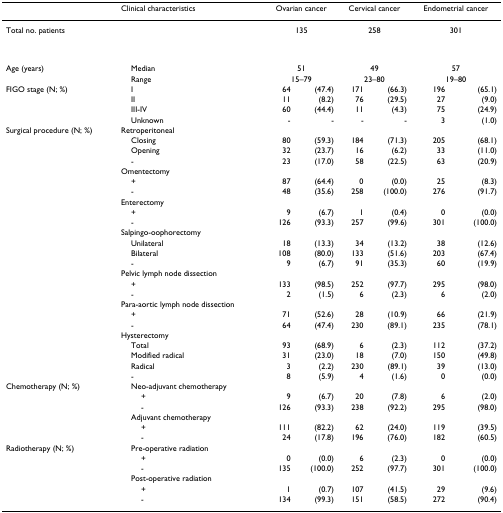
<table><thead><tr><td></td><td><b>Clinical characteristics</b></td><td colspan="2"><b>Ovarian cancer</b></td><td colspan="2"><b>Cervical cancer</b></td><td colspan="2"><b>Endometrial cancer</b></td></tr></thead><tbody><tr><td>Total no. patients</td><td></td><td colspan="2">135</td><td colspan="2">258</td><td colspan="2">301</td><td></td><td></td><td></td></tr><tr><td>Age (years)</td><td> Median</td><td colspan="2">51</td><td colspan="2">49</td><td colspan="2">57</td></tr><tr><td></td><td> Range</td><td colspan="2">15–79</td><td colspan="2">23–80</td><td colspan="2">19–80</td></tr><tr><td>FIGO stage (N; %)</td><td> I</td><td>64</td><td>(47.4)</td><td>171</td><td>(66.3)</td><td>196</td><td>(65.1)</td></tr><tr><td></td><td> II</td><td>11</td><td>(8.2)</td><td>76</td><td>(29.5)</td><td>27</td><td>(9.0)</td></tr><tr><td></td><td> III-IV</td><td>60</td><td>(44.4)</td><td>11</td><td>(4.3)</td><td>75</td><td>(24.9)</td></tr><tr><td></td><td> Unknown</td><td>-</td><td>-</td><td>-</td><td>-</td><td>3</td><td>(1.0)</td></tr><tr><td>Surgical procedure (N; %)</td><td>Retroperitoneal</td><td></td><td></td><td></td><td></td><td></td><td></td></tr><tr><td></td><td> Closing</td><td>80</td><td>(59.3)</td><td>184</td><td>(71.3)</td><td>205</td><td>(68.1)</td></tr><tr><td></td><td> Opening</td><td>32</td><td>(23.7)</td><td>16</td><td>(6.2)</td><td>33</td><td>(11.0)</td></tr><tr><td></td><td> -</td><td>23</td><td>(17.0)</td><td>58</td><td>(22.5)</td><td>63</td><td>(20.9)</td></tr><tr><td></td><td>Omentectomy</td><td></td><td></td><td></td><td></td><td></td><td></td></tr><tr><td></td><td> +</td><td>87</td><td>(64.4)</td><td>0</td><td>(0.0)</td><td>25</td><td>(8.3)</td></tr><tr><td></td><td> -</td><td>48</td><td>(35.6)</td><td>258</td><td>(100.0)</td><td>276</td><td>(91.7)</td></tr><tr><td></td><td>Enterectomy</td><td></td><td></td><td></td><td></td><td></td><td></td></tr><tr><td></td><td> +</td><td>9</td><td>(6.7)</td><td>1</td><td>(0.4)</td><td>0</td><td>(0.0)</td></tr><tr><td></td><td> -</td><td>126</td><td>(93.3)</td><td>257</td><td>(99.6)</td><td>301</td><td>(100.0)</td></tr><tr><td></td><td>Salpingo-oophorectomy</td><td></td><td></td><td></td><td></td><td></td><td></td></tr><tr><td></td><td> Unilateral</td><td>18</td><td>(13.3)</td><td>34</td><td>(13.2)</td><td>38</td><td>(12.6)</td></tr><tr><td></td><td> Bilateral</td><td>108</td><td>(80.0)</td><td>133</td><td>(51.6)</td><td>203</td><td>(67.4)</td></tr><tr><td></td><td> -</td><td>9</td><td>(6.7)</td><td>91</td><td>(35.3)</td><td>60</td><td>(19.9)</td></tr><tr><td></td><td>Pelvic lymph node dissection</td><td></td><td></td><td></td><td></td><td></td><td></td></tr><tr><td></td><td> +</td><td>133</td><td>(98.5)</td><td>252</td><td>(97.7)</td><td>295</td><td>(98.0)</td></tr><tr><td></td><td> -</td><td>2</td><td>(1.5)</td><td>6</td><td>(2.3)</td><td>6</td><td>(2.0)</td></tr><tr><td></td><td>Para-aortic lymph node dissection</td><td></td><td></td><td></td><td></td><td></td><td></td></tr><tr><td></td><td> +</td><td>71</td><td>(52.6)</td><td>28</td><td>(10.9)</td><td>66</td><td>(21.9)</td></tr><tr><td></td><td> -</td><td>64</td><td>(47.4)</td><td>230</td><td>(89.1)</td><td>235</td><td>(78.1)</td></tr><tr><td></td><td>Hysterectomy</td></tr><tr><td></td><td> Total</td><td>93</td><td>(68.9)</td><td>6</td><td>(2.3)</td><td>112</td><td>(37.2)</td></tr><tr><td></td><td> Modified radical</td><td>31</td><td>(23.0)</td><td>18</td><td>(7.0)</td><td>150</td><td>(49.8)</td></tr><tr><td></td><td> Radical</td><td>3</td><td>(2.2)</td><td>230</td><td>(89.1)</td><td>39</td><td>(13.0)</td></tr><tr><td></td><td> -</td><td>8</td><td>(5.9)</td><td>4</td><td>(1.6)</td><td>0</td><td>(0.0)</td></tr><tr><td>Chemotherapy (N; %)</td><td> Neo-adjuvant chemotherapy</td><td></td><td></td><td></td><td></td><td></td><td></td></tr><tr><td></td><td>+</td><td>9</td><td>(6.7)</td><td>20</td><td>(7.8)</td><td>6</td><td>(2.0)</td></tr><tr><td></td><td>-</td><td>126</td><td>(93.3)</td><td>238</td><td>(92.2)</td><td>295</td><td>(98.0)</td></tr><tr><td></td><td> Adjuvant chemotherapy</td><td></td><td></td><td></td><td></td><td></td><td></td></tr><tr><td></td><td>+</td><td>111</td><td>(82.2)</td><td>62</td><td>(24.0)</td><td>119</td><td>(39.5)</td></tr><tr><td></td><td>-</td><td>24</td><td>(17.8)</td><td>196</td><td>(76.0)</td><td>182</td><td>(60.5)</td></tr><tr><td>Radiotherapy (N; %)</td><td> Pre-operative radiation</td><td></td><td></td><td></td><td></td><td></td><td></td></tr><tr><td></td><td>+</td><td>0</td><td>(0.0)</td><td>6</td><td>(2.3)</td><td>0</td><td>(0.0)</td></tr><tr><td></td><td>-</td><td>135</td><td>(100.0)</td><td>252</td><td>(97.7)</td><td>301</td><td>(100.0)</td></tr><tr><td></td><td> Post-operative radiation</td><td></td><td></td><td></td><td></td><td></td><td></td></tr><tr><td></td><td>+</td><td>1</td><td>(0.7)</td><td>107</td><td>(41.5)</td><td>29</td><td>(9.6)</td></tr><tr><td></td><td>-</td><td>134</td><td>(99.3)</td><td>151</td><td>(58.5)</td><td>272</td><td>(90.4)</td></tr></tbody></table>